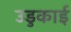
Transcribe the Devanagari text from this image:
उडुकाई